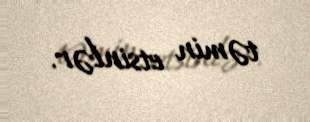
təmin etsinlər.